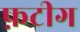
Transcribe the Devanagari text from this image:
फ़टीग